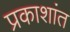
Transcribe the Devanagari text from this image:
प्रकाशांत